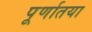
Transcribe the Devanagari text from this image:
पूर्णातया